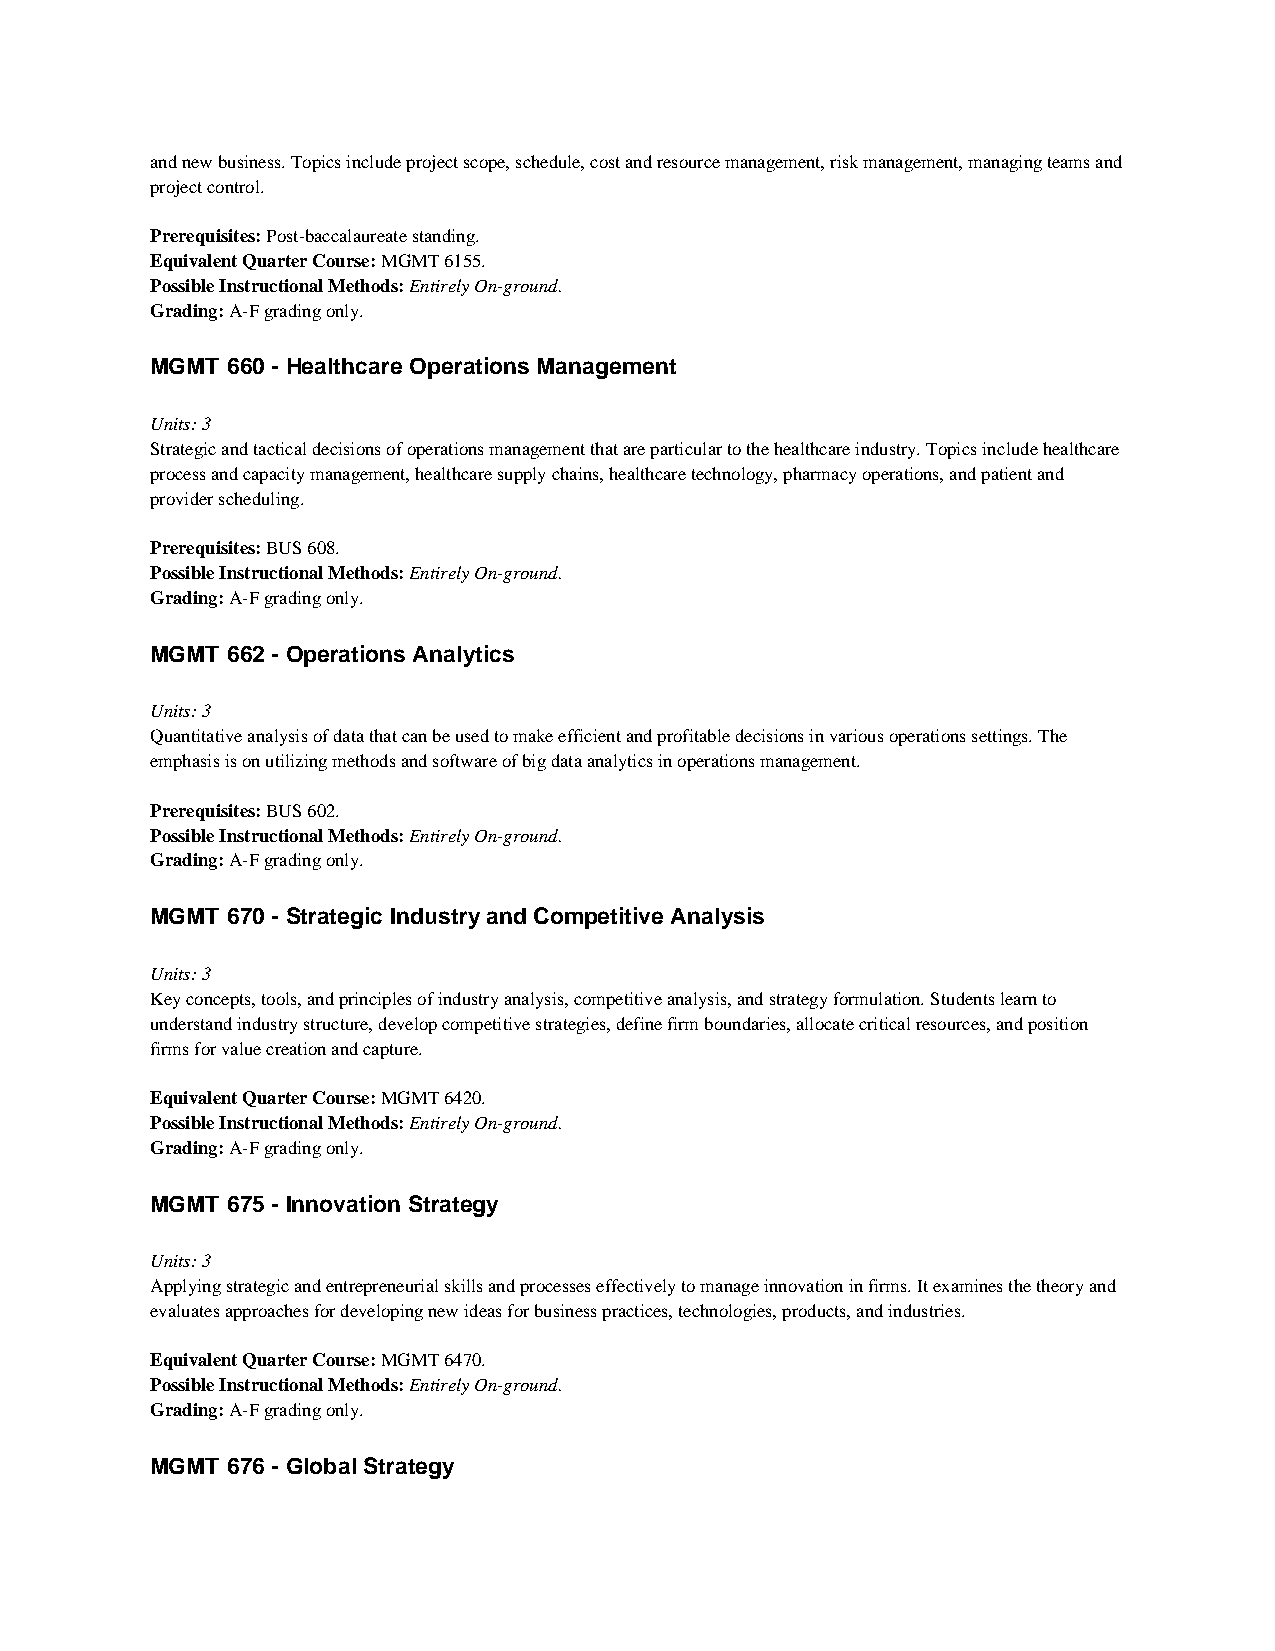
and new business. Topics include project scope, schedule, cost and resource management, risk management, managing teams and
 project control.
 Prerequisites: Post-baccalaureate standing.
 Equivalent Quarter Course: MGMT 6155.
 Possible Instructional Methods: Entirely On-ground.
 Grading: A-F grading only.
 MGMT 660 - Healthcare Operations Management
 Units: 3
 Strategic and tactical decisions of operations management that are particular to the healthcare industry. Topics include healthcare
 process and capacity management, healthcare supply chains, healthcare technology, pharmacy operations, and patient and
 provider scheduling.
 Prerequisites: BUS 608.
 Possible Instructional Methods: Entirely On-ground.
 Grading: A-F grading only.
 MGMT 662 - Operations Analytics
 Units: 3
 Quantitative analysis of data that can be used to make efficient and profitable decisions in various operations settings. The
 emphasis is on utilizing methods and software of big data analytics in operations management.
 Prerequisites: BUS 602.
 Possible Instructional Methods: Entirely On-ground.
 Grading: A-F grading only.
 MGMT 670 - Strategic Industry and Competitive Analysis
 Units: 3
 Key concepts, tools, and principles of industry analysis, competitive analysis, and strategy formulation. Students learn to
 understand industry structure, develop competitive strategies, define firm boundaries, allocate critical resources, and position
 firms for value creation and capture.
 Equivalent Quarter Course: MGMT 6420.
 Possible Instructional Methods: Entirely On-ground.
 Grading: A-F grading only.
 MGMT 675 - Innovation Strategy
 Units: 3
 Applying strategic and entrepreneurial skills and processes effectively to manage innovation in firms. It examines the theory and
 evaluates approaches for developing new ideas for business practices, technologies, products, and industries.
 Equivalent Quarter Course: MGMT 6470.
 Possible Instructional Methods: Entirely On-ground.
 Grading: A-F grading only.
 MGMT 676 - Global Strategy